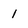
Character: l